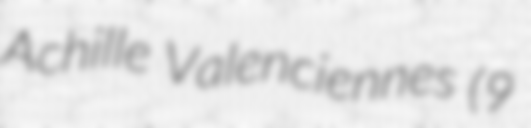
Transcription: Achille Valenciennes (9